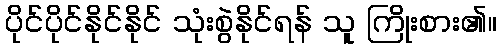
ပိုင်ပိုင်နိုင်နိုင် သုံးစွဲနိုင်ရန် သူ ကြိုးစား၏။